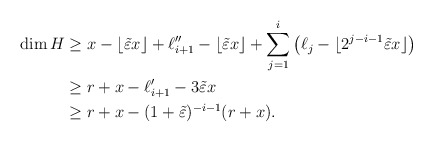
\begin{align*}\dim H&\geq x-\lfloor\tilde\varepsilon x\rfloor+\ell_{i+1}''-\lfloor\tilde\varepsilon x\rfloor+\sum_{j=1}^i \big(\ell_{j}-\lfloor 2^{j-i-1}\tilde \varepsilon x\rfloor\big)\\&\geq r+x-\ell_{i+1}'-3\tilde\varepsilon x\\&\geq r+x-(1+\tilde\varepsilon)^{-i-1}(r+x).\end{align*}